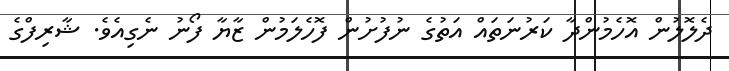
ދެލޮލުން އޮހެމުންދާ ކަރުނަތައް އަތުގެ ނުފުށުން ފޮހެލަމުން ޒާޔާ ފޯނު ނެގިއެވެ. ޝާރިފްގެ